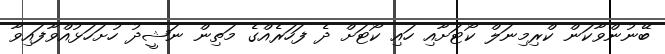
ބޭނުންވާކަން ކްރިމިނަލް ކޯޓަށާއި ހައި ކޯޓަށް ދެ ފަހަރެއްގެ މަތިން ނަޝީދު ހުށަހަޅުއްވާފައިވާ